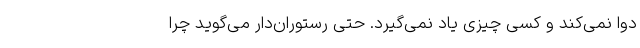
دوا نمی‌کند و کسی چیزی یاد نمی‌گیرد. حتی رستوران‌دار می‌گوید چرا